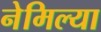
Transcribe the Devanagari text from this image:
नेमिल्या